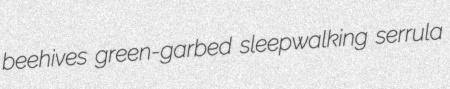
beehives green-garbed sleepwalking serrula